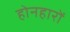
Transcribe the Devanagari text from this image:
होनहारों